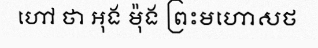
ហៅ ថា អុង ម៉ុង ព្រះមហោសថ